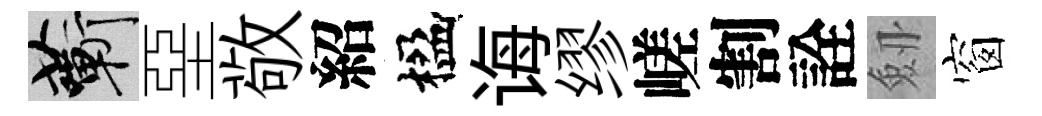
蔪堊敬紹楹诲缪嵯割詮劔窗